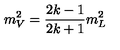
m _ { V } ^ { 2 } = { \frac { 2 k - 1 } { 2 k + 1 } } m _ { L } ^ { 2 }